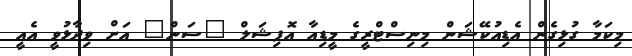
މިކަމާ ގުޅިގެން އެޑިއުކޭޝަން މިނިސްްޓްރީގެ މީޑިއާ އޮފިޝަލް "ސަން" އަށް ވިދާޅުވީ އެއީ